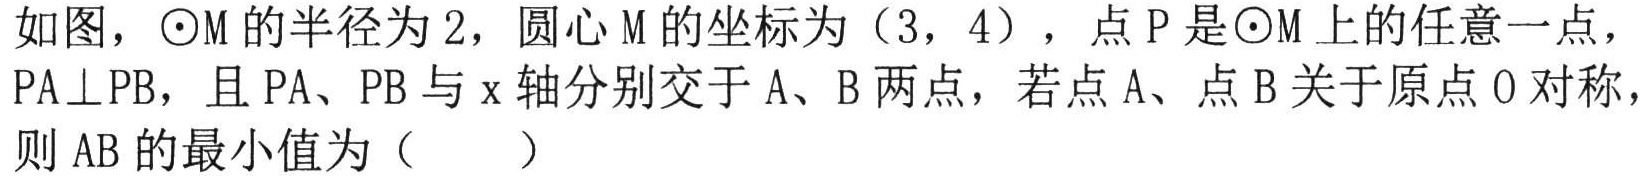
如图，$\odot \mathrm{M}$的半径为$2$，圆心$\mathrm{M}$的坐标为$(3,4)$，点$\mathrm{P}$是$\odot \mathrm{M}$上的任意一点，$\mathrm{P}\mathrm{A}\perp\mathrm{P}\mathrm{B}$，且$\mathrm{P}\mathrm{A}$、$\mathrm{P}\mathrm{B}$与$x$轴分别交于$\mathrm{A}$、$\mathrm{B}$两点，若点$\mathrm{A}$、点$\mathrm{B}$关于原点$\mathrm{O}$对称，则$\mathrm{A}\mathrm{B}$的最小值为（  ）